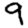
Digit: 9